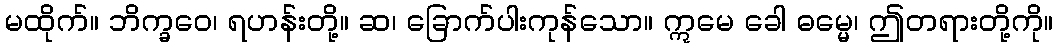
မထိုက်။ ဘိက္ခဝေ၊ ရဟန်းတို့။ ဆ၊ ခြောက်ပါးကုန်သော။ ဣမေ ခေါ ဓမ္မေ၊ ဤတရားတို့ကို။